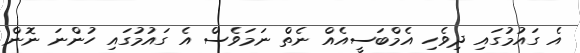
އެ ގައުމުގައި ދިވެހި އެމްބަސީއެއް ނެތް ނަމަވެސް އެ ގައުމުގައި ހުންނަ ނޮން